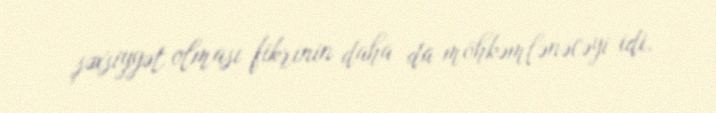
şəxsiyyət olması fikrinin daha da möhkəmlənəcəyi idi.